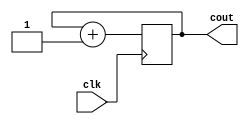
`timescale 1ns / 1ps


module counter(

    input clk,
    output reg [31:0] cout

    );
    
    always @(posedge clk) begin
        cout <= cout + 1;
    
    end
endmodule